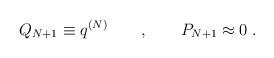
LaTeX: \begin{align*}Q_{N+1} \equiv q^{(N)} \qquad , \qquad P_{N+1} \approx 0 \; .\end{align*}